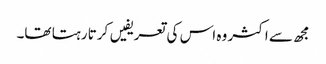
مجھ سے اکثر وہ اس کی تعریفیں کرتا رہتا تھا۔